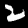
Digit: 2